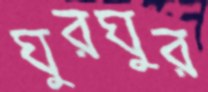
ঘুরঘুর